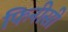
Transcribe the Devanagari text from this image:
फिनीसी